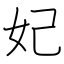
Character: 妃